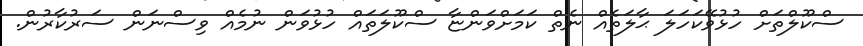
ސްކޫލްތަށް ހުޅުވޭކަހަލަ ޙާލަތެއް ނެތް ކަމަށްވަންޏާ ސްކޫލަތައް ހުޅުވަން ނުމެއް ވިސްނަން ސަރުކާރުން.